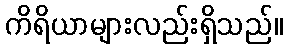
ကိရိယာများလည်းရှိသည်။